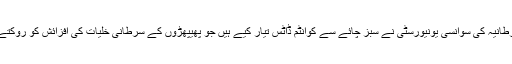
اب برطانیہ کی سوانسی یونیورسٹی نے سبز چائے سے کوانٹم ڈاٹس تیار کیے ہیں جو پھیپھڑوں کے سرطانی خلیات کی افزائش کو روکتے ہیں۔